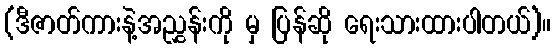
(ဒီဇာတ်ကားနဲ့အညွှန်းကို မှ ပြန်ဆို ရေးသားထားပါတယ်)။